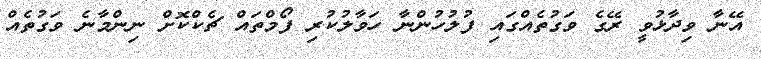
އޭނާ ވިދާޅުވީ ރޭގެ ވަގުތެއްގައި ފުލުހުންނާ ހަވާލުކުރި ފޯމްތައް ޗެކްކޮށް ނިންމާނެ ވަގުތެއް